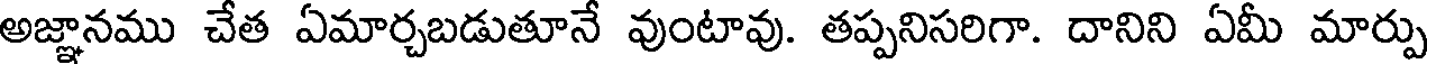
అజ్ఞానము చేత ఏమార్చబడుతూనే వుంటావు. తప్పనిసరిగా. దానిని ఏమీ మార్పు